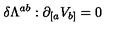
\delta \Lambda ^ { a b } : \partial _ { [ a } V _ { b ] } = 0